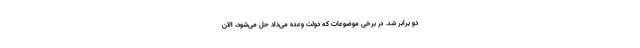
دو برابر شد. در برخی موضوعات که دولت وعده می‌داد حل می‌شود، الان